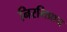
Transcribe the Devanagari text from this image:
निरभिप्राय